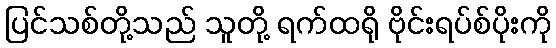
ပြင်သစ်တို့သည် သူတို့ ရက်ထရို ဗိုင်းရပ်စ်ပိုးကို